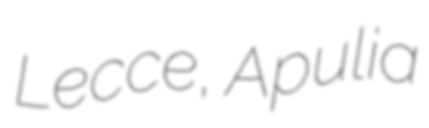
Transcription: Lecce, Apulia